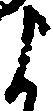
よ